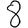
Digit: 8